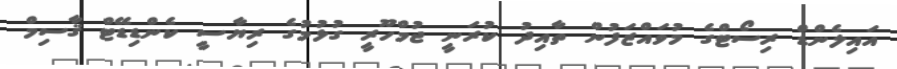
އައިލެންޑް ރިސޯޓްގެ މުވައްޒަފުން ތާއިދު ކުރަނީ ޖުމްހޫރީ ގުޅުމުގެ ރިޔާސީ ކެންޑިޑޭޓް ޤާސިމް